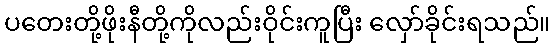
ပတေးတို့ဖိုးနီတို့ကိုလည်းဝိုင်းကူပြီး လှော်ခိုင်းရသည်။